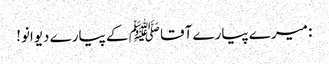
: میرے پیارے آقا ﷺ کے پیارے دیوانو!